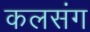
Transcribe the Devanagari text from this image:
कलसंग